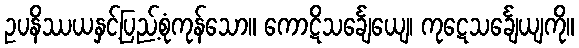
ဥပနိဿယနှင့်ပြည့်စုံကုန်သော။ ကောဋိသင်္ချေယျေ၊ ကုဋေသင်္ချေယျကို။